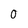
Character: 0